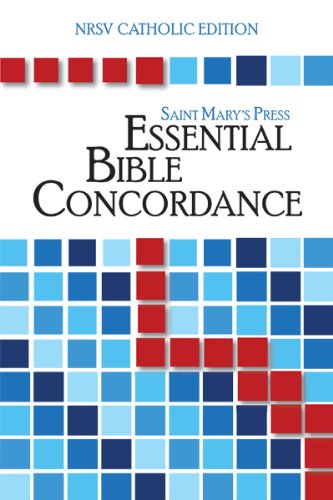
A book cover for The Saint Mary's Press Essential Bible Concordance: NRSV Catholic Edition; Shelia O'Connell-Roussell; Christian Books & Bibles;